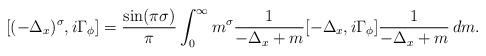
LaTeX: \begin{align*}[(-\Delta_x)^{\sigma} , i\Gamma_{\phi}] = \frac{\sin (\pi \sigma)}{\pi} \int_0^{\infty} m^{\sigma} \frac{1}{-\Delta_x + m} [-\Delta_x , i\Gamma_{\phi}] \frac{1}{-\Delta_x + m} \, dm .\end{align*}